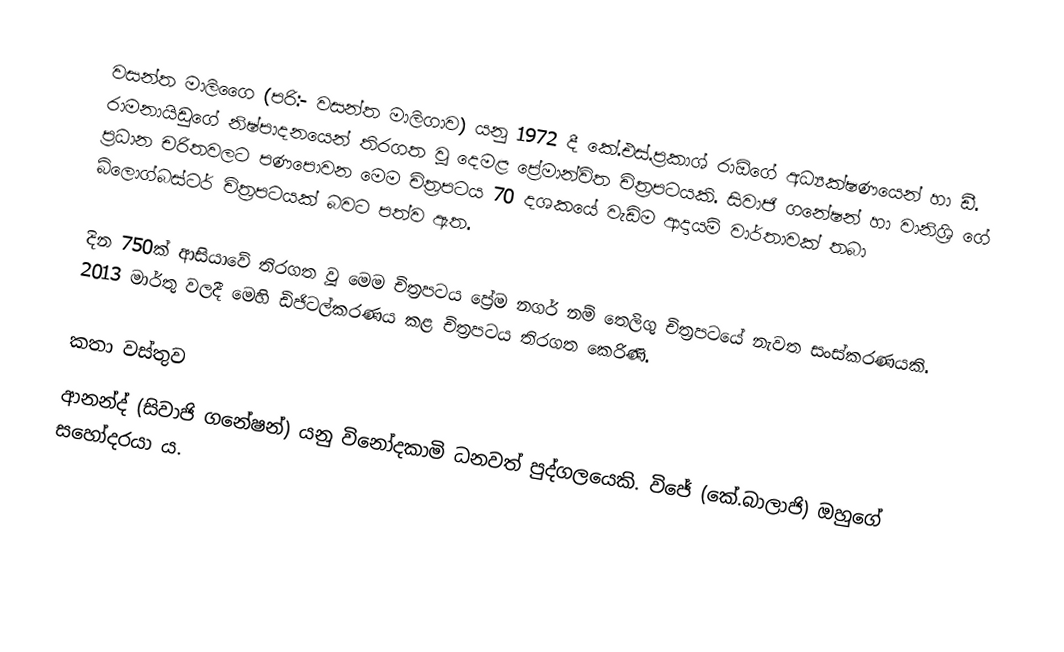
වසන්ත මාලිගෛ (පරි:- වසන්ත මාලිගාව) යනු 1972 දී කේ.එස්.ප්‍රකාශ් රාඕගේ අධ්‍යක්ෂණයෙන් හා ඩී. රාමනායිඩුගේ නිෂ්පාදනයෙන් තිරගත වූ දෙමළ ප්‍රේමාන්විත චිත්‍රපටයකි. සිවාජි ගනේෂන් හා වානිශ්‍රි ගේ ප්‍රධාන චරිතවලට පණපොවන මෙම චිත්‍රපටය 70 දශකයේ වැඩිම ආදායම් වාර්තාවක් තබා බ්ලොග්බස්ටර් චිත්‍රපටයක් බවට පත්ව ඇත.

දින 750ක් ආසියාවේ තිරගත වූ මෙම චිත්‍රපටය ප්‍රේම නගර් නම් තෙලිගු චිත්‍රපටයේ නැවත සංස්කරණයකි. 2013 මාර්තු වලදී මෙහි ඩිජිටල්කරණය කළ චිත්‍රපටය තිරගත කෙරිණි.

කතා වස්තුව
ආනන්ද් (සිවාජි ගනේෂන්) යනු විනෝදකාමි ධනවත් පුද්ගලයෙකි. විජේ (කේ.බාලාජි) ඔහුගේ සහෝදරයා ය.